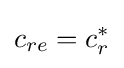
c_{re}=c_{r}^{*}